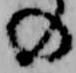
の